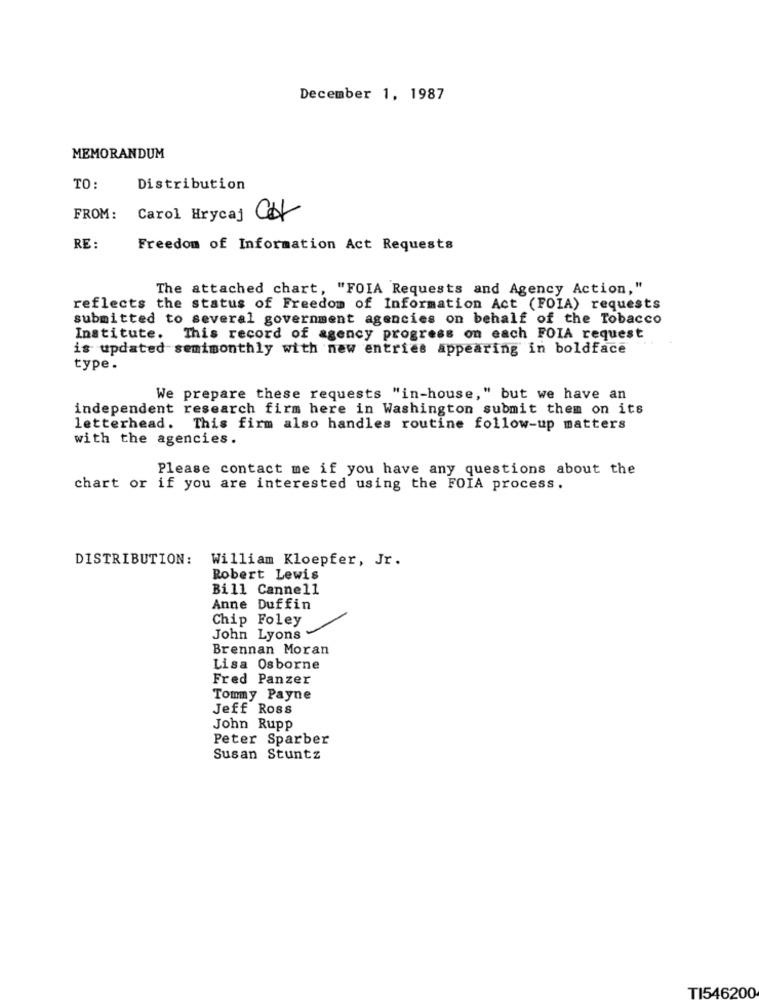
December 1, 1987
MEMORANDUM
TO:
Distribution
FROM :
Carol Hrycaj CH
RE :
Freedom of Information Act Requests
The attached chart, "FOIA Requests and Agency Action,"
reflects the status of Freedom of Information Act (FOIA) requests
submitted to several government agencies on behalf of the Tobacco
Institute. This record of agency progress on each FOIA request
is updated semimonthly with new entries appearing in boldface
type .
We prepare these requests "in-house," but we have an
independent research firm here in Washington submit them on its
letterhead. This firm also handles routine follow-up matters
with the agencies.
Please contact me if you have any questions about the
chart or if you are interested using the FOIA process.
DISTRIBUTION:
William Kloepfer, Jr.
Robert Lewis
Bill Cannell
Anne Duffin
Chip Foley
John Lyons
Brennan Moran
Lisa Osborne
Fred Panzer
Tommy Payne
Jeff Ross
John Rupp
Peter Sparber
Susan Stuntz
TI546200